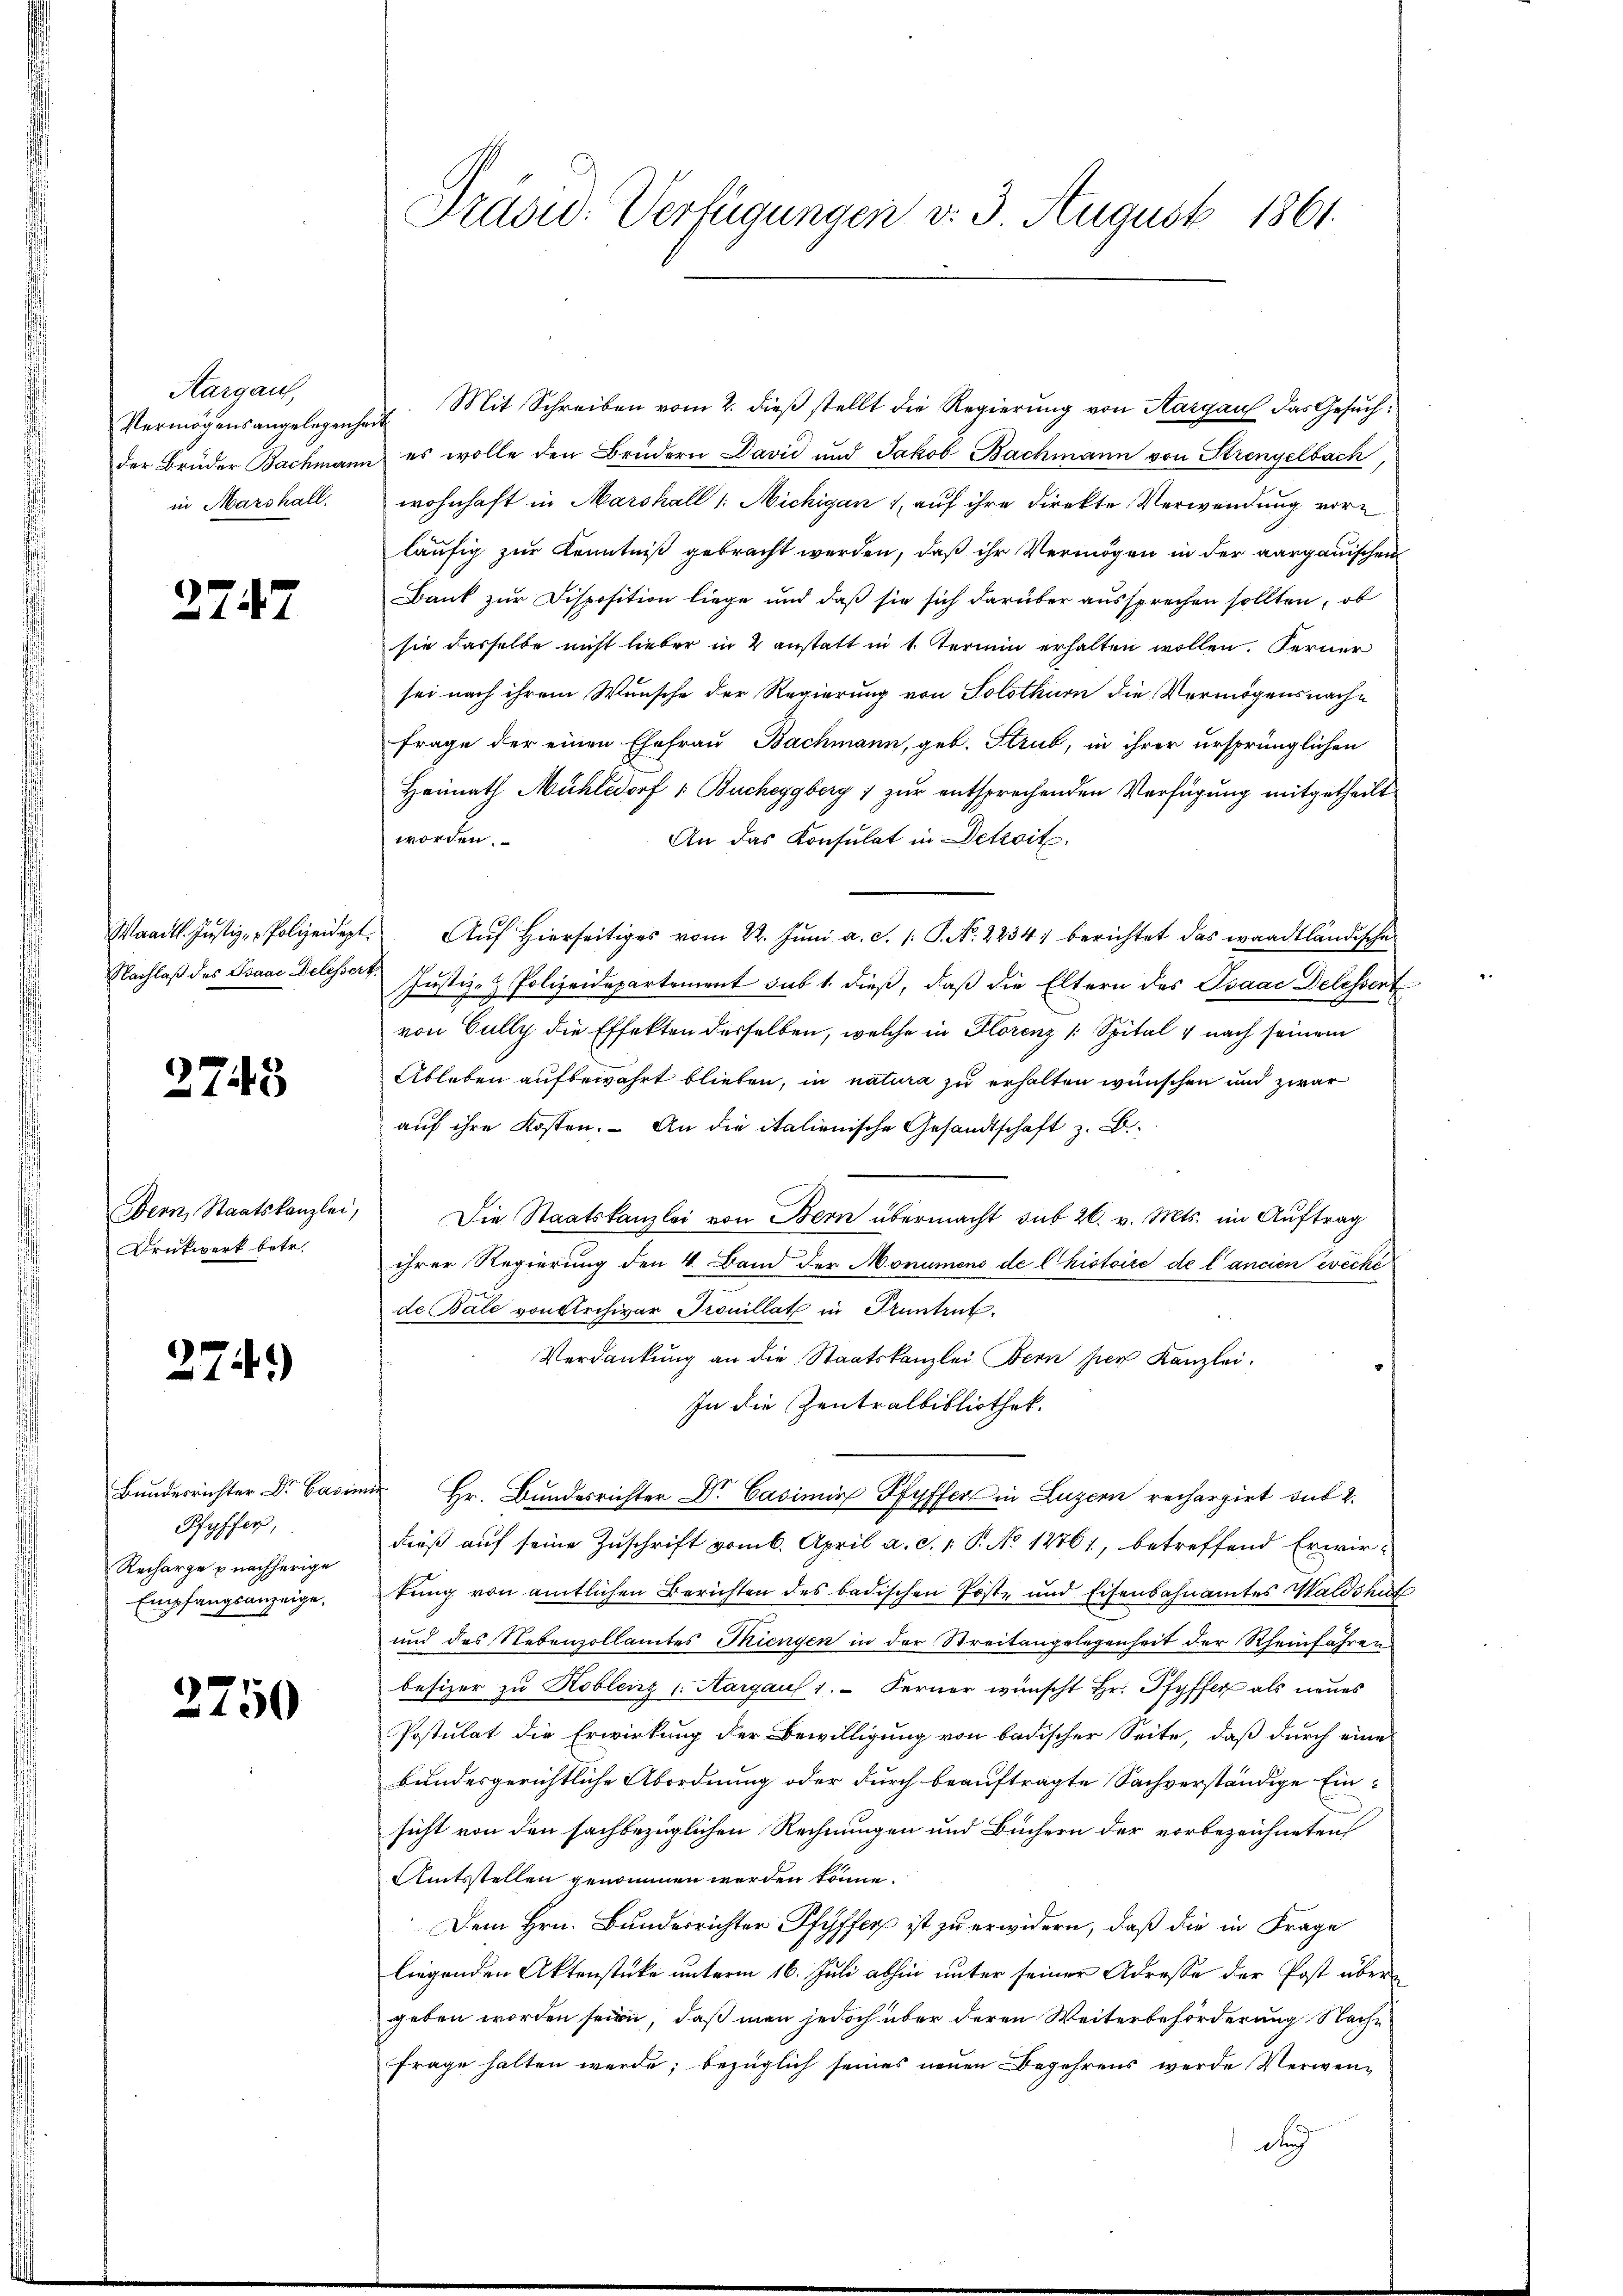
Aargau,
in Marshall

2747

Nachlaß des Paar Delessert

2743

Dern, Staatskanzlei,
Drückwerk betr.

274)

Bundesrichter Dr. Basis
Pfyffer,
Recharge u nachherige
Empfangsanzeige,

2750

Vermögensangelegenheit. Mit Schreiben vom 2. dieβ stellt die Regierung von Aargau das Gesuchder Brüder Bachmann es wolle den Brüdern David und Jakob Bachmann von Strengelbach,
wohnhaft in Marshall /: Michigan 1 auf ihre Direkte Verwendung vorläufig zur Kenntniß gebracht werden, daß ihr Vermögen in der aargauischen
Bank zur Disposition liege und daß sie sich darüber aussprechen sollten, ob
sie dasselbe nicht lieber in 2 anstatt in 1. Termin erhalten wollen. Ferner
sei nach ihrem Wunsche der Regierung von Solothurn die Vermögensnache
Frage der einen Ehefrau Bachmann, geb. Strub, in ihrer ursprünglichen
Heimath Mühlsdorf & Bucheggberg 1 zur entsprechenden Verfügung mitgetheilt
worden.
An das Konsulat in Detroit.
Waadt. Jŭstiz- Polizeidept. Aŭf Hierseitiges vom 22. Jŭni a. c. s. S. Nr. 2234. berichtet das waadtländische
Justiz- & Polizeidepartement sub 1. dieß, daß die Eltern des Isaac Delessert
7
von Gully die Effekten derselben, welche in Florenz /: Spital & nach seinem
Ableben aufbewahrt blieben, in natura zu erhalten wünschen und zwar
auf ihre Kosten. – An die italienische Gesandtschaft z. B.
Die Staatskanzlei von Bern übermacht sub 26. v. Mts. im Auftrag
ihrer Regierung den 4. Band der Monumens de l'histoire de l’ancien évêché
de Bale von Archivar Trouillat in Pruntrut.
Verdankung an die Staatskanzlei Bern hier Kanzlei.
In die Zentralbibliothek.
mir Hr. Bundesrichter Dr. Casimir Pfyffer in Luzern rechargirt sub 2.
dieß auf seine Zuschrift vom 6. April a. c. 1. P. No 12761, betreffend Erwir-
tung von amtlichen Berichten des badischen Poste und Eisenbahnamtes Waldshut
und das Nebenzollamtes Thiengen in der Streitangelegenheit der Rheinfahren
besizer zu Koblenz 1. Aargau 1. Ferner wünscht Hr. Pfyffer als neues
Postulat die Erwirkung der Bewilligung von badischer Seite, daß durch eine
bundesgerichtliche Abordnung oder durch beauftragte Sachverständige Einsicht von den sachbezüglichen Rechnungen und Büchern der vorbezeichneten
Amtsstellen genommen werden könne.
Dem Hrn. Bundesrichter Pfyffer ist zu erwidern, daß die in Frage
liegenden Aktenstüke unterm 16. Juli abhin unter seiner Adresse der Post übergeben worden seien, daß man jedoch über deren Weiterbeförderung Nache
Frage halten werde; bezüglich seines neuen Begehrens werde Verwend

Präsid. Verfügungen v. 3. August 1861.